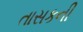
તાસકની